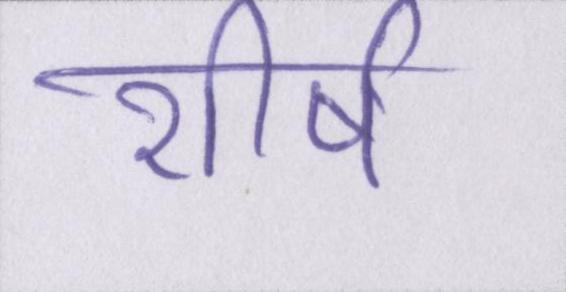
शीर्ष